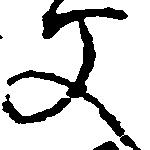
父